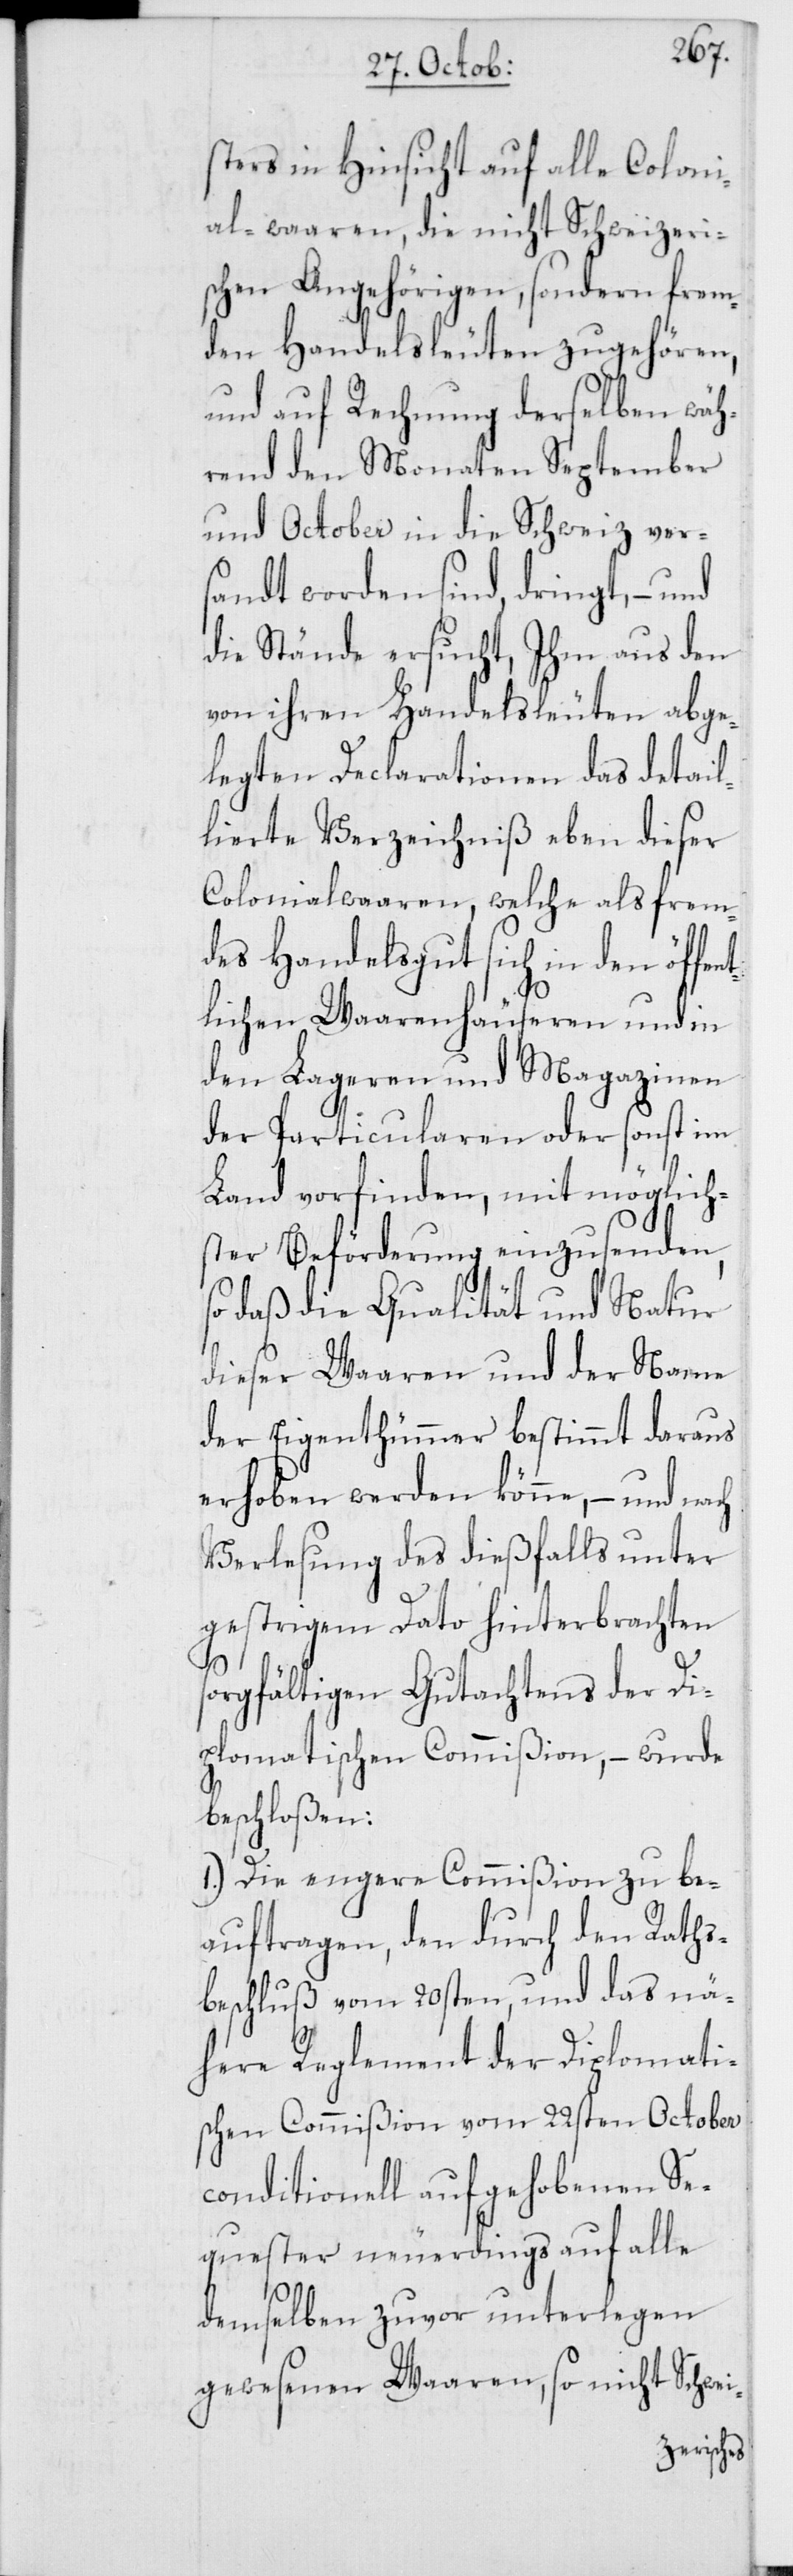
sters in Hinsicht auf alle Coloni¬
alwaaren, die nicht Schweizeri¬
schen Angehörigen, sondern frem¬
den Handelsleuten zugehören,
und auf Rechnung derselben wäh¬
rend den Monaten September
und October in die Schweiz ver¬
sandt worden sind, dringt, – und
die Stände ersucht, Ihm aus den
von ihren Handelsleuten abge¬
legten Declarationen das detal¬
lierte Verzeichnis eben dieser
Colonialwaaren, welche als frem¬
des Handelsgut sich in den öffen¬
tlichen Waarenhäuseren und in
den Lageren und Magazinen
der Particularen oder sonst im
Land vorfinden, mit möglich¬
ster Beförderung einzusenden,
so daß die Qualität und Natur
dieser Waaren und der Name
der Eigentümmer bestimmt daraus
erhoben werden könne, – und nach
Verlesung des dießfalls unter
gestrigem Dato hinterbrachten
sorgfältigen Gutachtens der Di¬
plomatischen Commißion, – wurde
beschloßen:
1. Die engere Commißion zu be¬
auftragen, den durch den Raths¬
beschluß vom 20sten, und das nä¬
here Reglement der Diplomati¬
schen Commißion vom 22sten October
conditionell aufgehobenen Se¬
quester neuerdings auf alle
demselben zuvor unterlegen
gewesenen Waaren, so nicht Schwei-